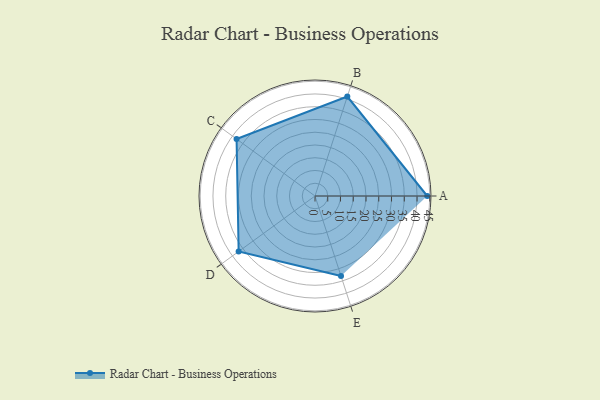
{"axis": {"x": "Skill", "y": "Score"}, "legend": ["Profile"], "data": [{"x": "A", "y": 44.0, "type": "Profile"}, {"x": "B", "y": 41.0, "type": "Profile"}, {"x": "C", "y": 38.0, "type": "Profile"}, {"x": "D", "y": 37.0, "type": "Profile"}, {"x": "E", "y": 33.0, "type": "Profile"}]}